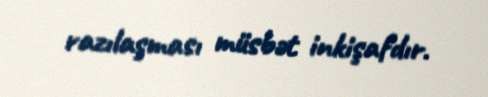
razılaşması müsbət inkişafdır.